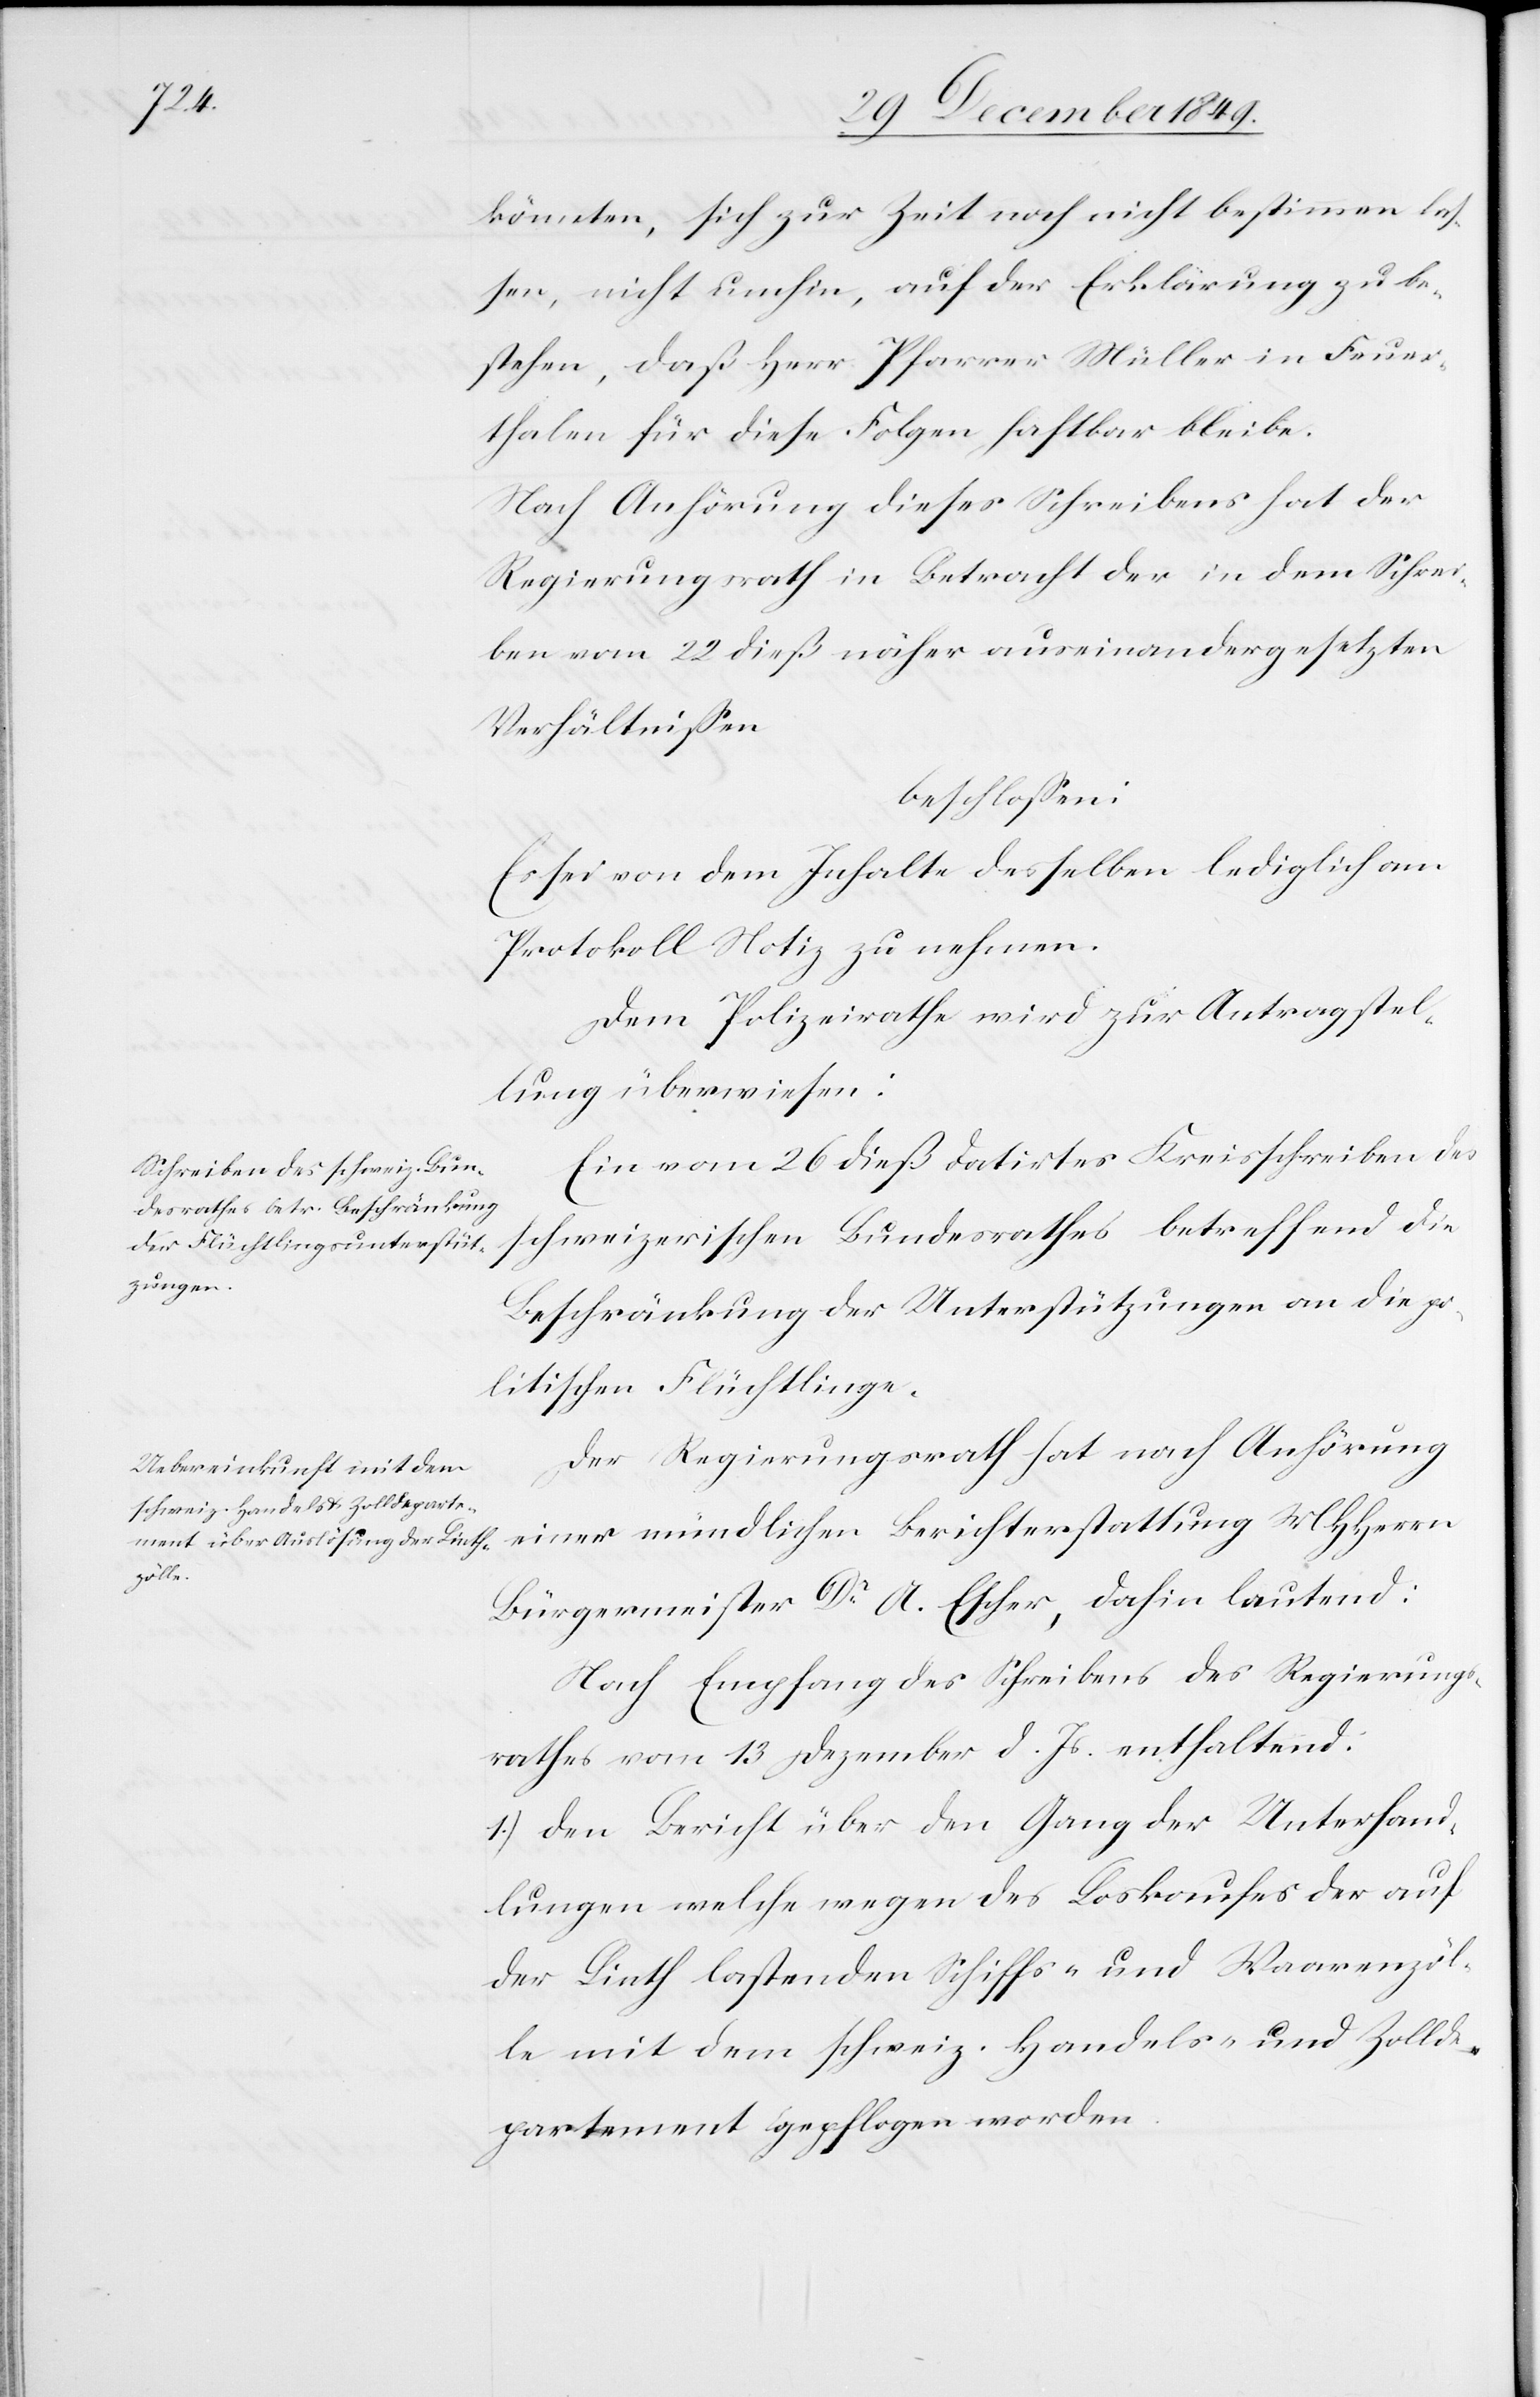
könnten, sich zur Zeit noch nicht bestimmen las¬
sen, nicht umhin, auf der Erklärung zu be¬
stehen, daß Herr Pfarrer Müller in Feuer¬
thalen für diese Folgen haftbar bleibe.
Nach Anhörung dieses Schreibens hat der
Regierungsrath in Betracht der in dem Schrei¬
ben vom 22 dieß näher auseinandergesetzten
Verhältnißen.
beschloßen:
Es sei von dem Inhalte desselben lediglich am
Protokoll Notiz zu nehmen.
Dem Polizeirathe wird zur Antragstel¬
lung überwiesen:
Ein vom 26 dieß datirtes Kreisschreiben des
schweizerischen Bundesrathes betreffend die
Beschränkung der Unterstützungen an die po¬
litischen Flüchtlinge.
Der Regierungsrath hat nach Anhörung
einer mündlichen Berichterstattung MHHerrn
Bürgermeister Dr A. Escher, dahin lautend:
Nach Empfang des Schreibens des Regierungs¬
rathes vom 13 Dezember d. Js. enthaltend:
1.) den Bericht über den Gang der Unterhand¬
lungen welche wegen des Loskaufes der auf
der Linth lastenden Schiffs- und Waarenzöl¬
le mit dem schweiz. Handels- und Zollde¬
partement gepflogen werden.